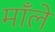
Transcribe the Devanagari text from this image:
माँले